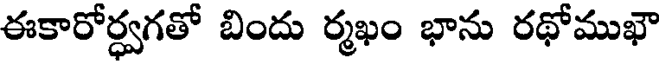
ఈకారోర్ధ్వగతో బిందు ర్మఖం భాను రథోముఖౌ